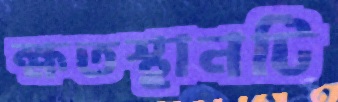
ক্ষতস্থানটি